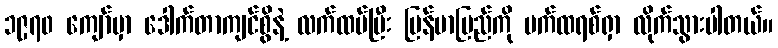
၁၉၇၀ ကျော်မှာ ဒေါက်တာကျင်စွိနဲ့ လက်ထပ်ပြီး မြန်မာပြည်ကို ပက်ထရစ်ရှာ လိုက်သွားပါတယ်။